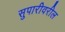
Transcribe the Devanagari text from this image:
सुपारीवरील